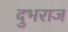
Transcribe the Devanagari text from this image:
दुभराज